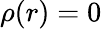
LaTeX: \rho(r)=0